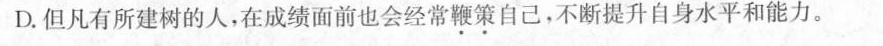
D.但凡有所建树的人，在成绩面前也会经常鞭策自己，不断提升自身水平和能力。